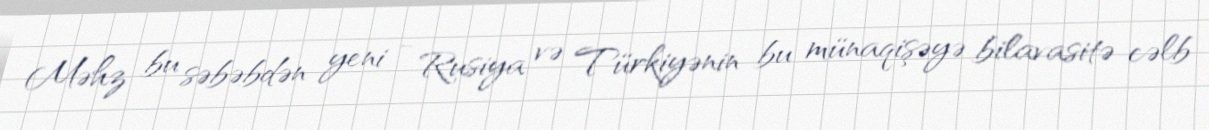
Məhz bu səbəbdən yeni - Rusiya və Türkiyənin bu münaqişəyə bilavasitə cəlb